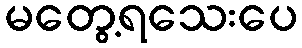
မတွေ့ရသေးပေ